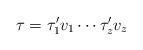
LaTeX: \begin{align*} \tau = \tau'_1 v_1 \cdots \tau'_z v_z\end{align*}